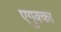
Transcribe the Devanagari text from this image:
एगुक्का